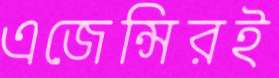
এজেন্সিরই